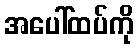
အပေါ်ထပ်ကို